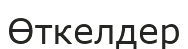
Өткелдер